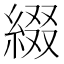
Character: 綴